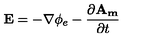
\mathbf { E } = - \nabla \phi _ { e } - \frac { \partial \mathbf { A _ { m } } } { \partial t }